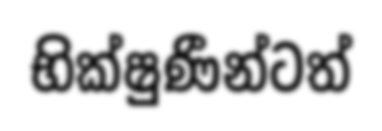
භික්ෂුණීන්ටත්